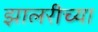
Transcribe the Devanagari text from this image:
झालरीच्या